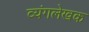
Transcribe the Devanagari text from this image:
व्यंगलेखक